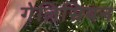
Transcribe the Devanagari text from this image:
गेलिसियन